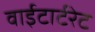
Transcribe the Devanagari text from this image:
वाईटार्टरेट